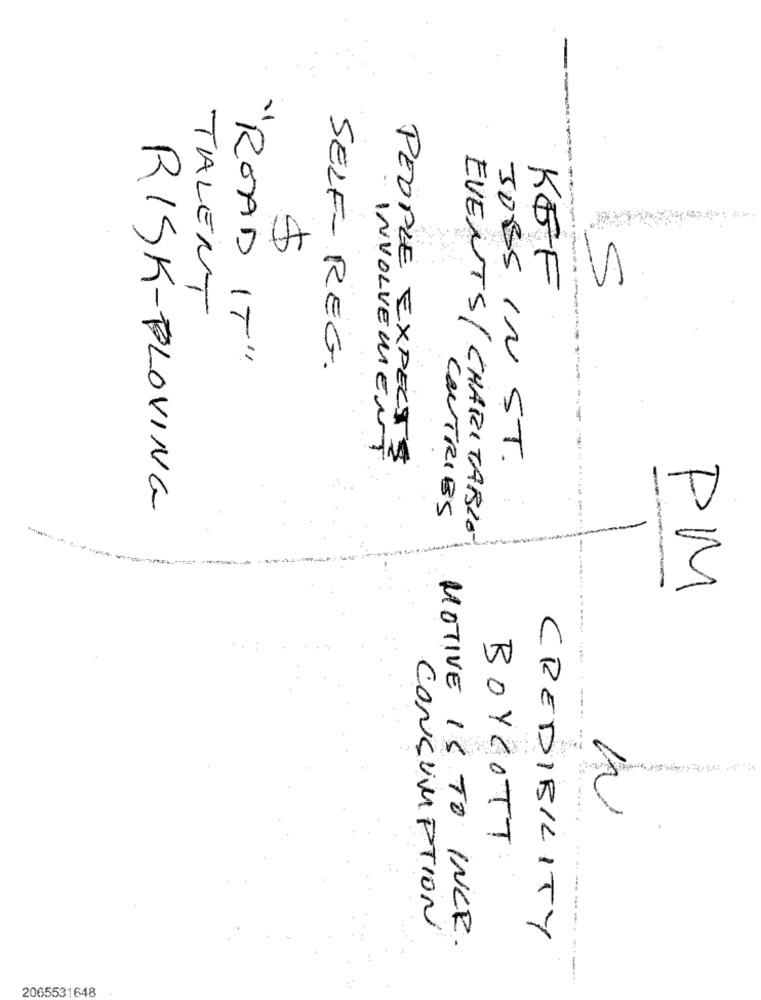
5
KEF
TALENT
"ROAD IT"
SELF- REG.
INVOLVEMENT
PEOPLE EXPECTS
JOBS IN ST.
RISK-BLOVING
COUTRIBS
EVENTS/CHARITARIO
PM
BOYCOTT
CONSUMPTION
MOTIVE IS TO INCR.
CREDIBILITY
2065531648